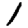
Digit: 1